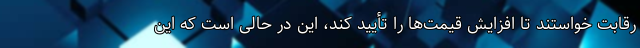
رقابت خواستند تا افزایش قیمت‌ها را تأیید کند، این در حالی است که این